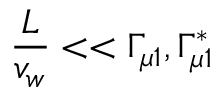
{ \frac { L } { v _ { w } } } < < \Gamma _ { \mu 1 } , \Gamma _ { \mu 1 } ^ { * }